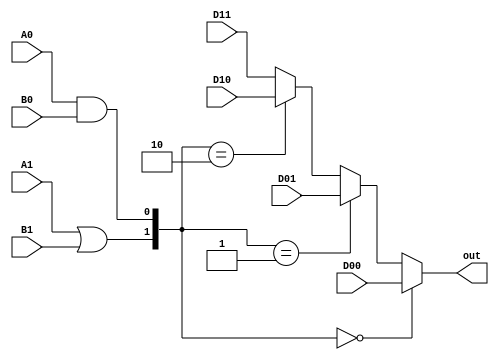
`timescale 1ns/1ns

module C2(input D00 , D01 , D10 , D11 , A1 , B1 , A0 , B0 , output out);

  assign out = ({(A1 | B1) , (A0 & B0)} == 2'b00) ? D00 :
               ({(A1 | B1) , (A0 & B0)} == 2'b01) ? D01 :
               ({(A1 | B1) , (A0 & B0)} == 2'b10) ? D10 : D11;
    
endmodule